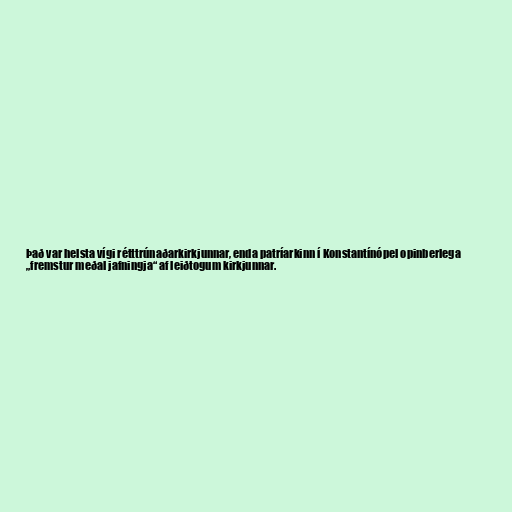
Það var helsta vígi rétttrúnaðarkirkjunnar, enda patríarkinn í Konstantínópel opinberlega
„fremstur meðal jafningja“ af leiðtogum kirkjunnar.